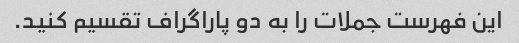
این فهرست جملات را به دو پاراگراف تقسیم کنید.